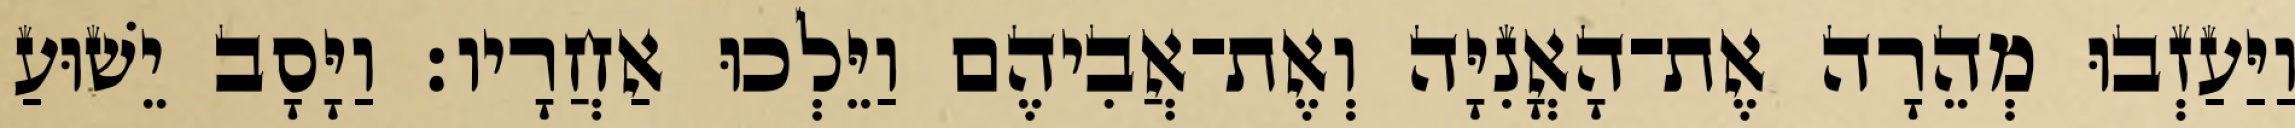
וַיַּעַזְבוּ מְהֵרָה אֶת־הָאֳנִיָּה וְאֶת־אֲבִיהֶם וַיֵּלְכוּ אַחֲרָיו׃ וַיָּסָב יֵשׁוּעַ